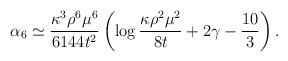
LaTeX: \begin{align*}\alpha_6\simeq\frac{\kappa^3\rho^6\mu^6}{6144t^2} \left(\log\frac{\kappa\rho^2\mu^2}{8t}+2\gamma-\frac{10}{3} \right).\end{align*}